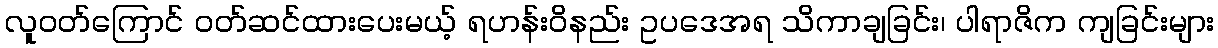
လူဝတ်ကြောင် ဝတ်ဆင်ထားပေးမယ့် ရဟန်းဝိနည်း ဥပဒေအရ သိကာချခြင်း၊ ပါရာဇိက ကျခြင်းများ